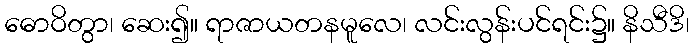
ဓောဝိတွာ၊ ဆေး၍။ ရာဇာယတနမူလေ၊ လင်းလွန်းပင်ရင်း၌။ နိသီဒိ၊